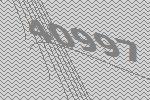
40997